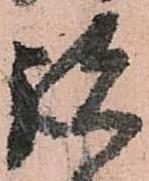
諸